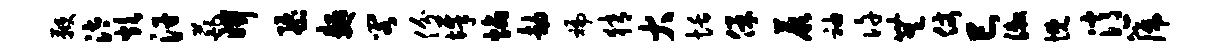
鞭汰炊汗葩妍隳面阁份墀焰劫褊猜大恬保蕨袖许无仗巳漱慨消篪